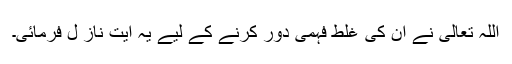
اللہ تعالیٰ نے ان کی غلط فہمی دور کرنے کے لیے یہ آیت ناز ل فرمائی۔